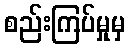
စည်းကြပ်မှုမှ